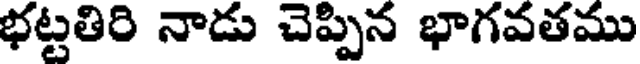
భట్టతిరి నాడు చెప్పిన భాగవతము